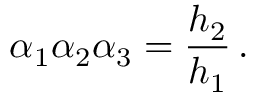
\alpha _ { 1 } \alpha _ { 2 } \alpha _ { 3 } = \frac { h _ { 2 } } { h _ { 1 } } \, .